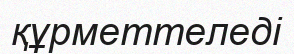
құрметтеледі